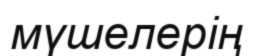
мүшелерің